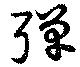
彈